V__Kingissepa_nim__kolhoos, lk 7
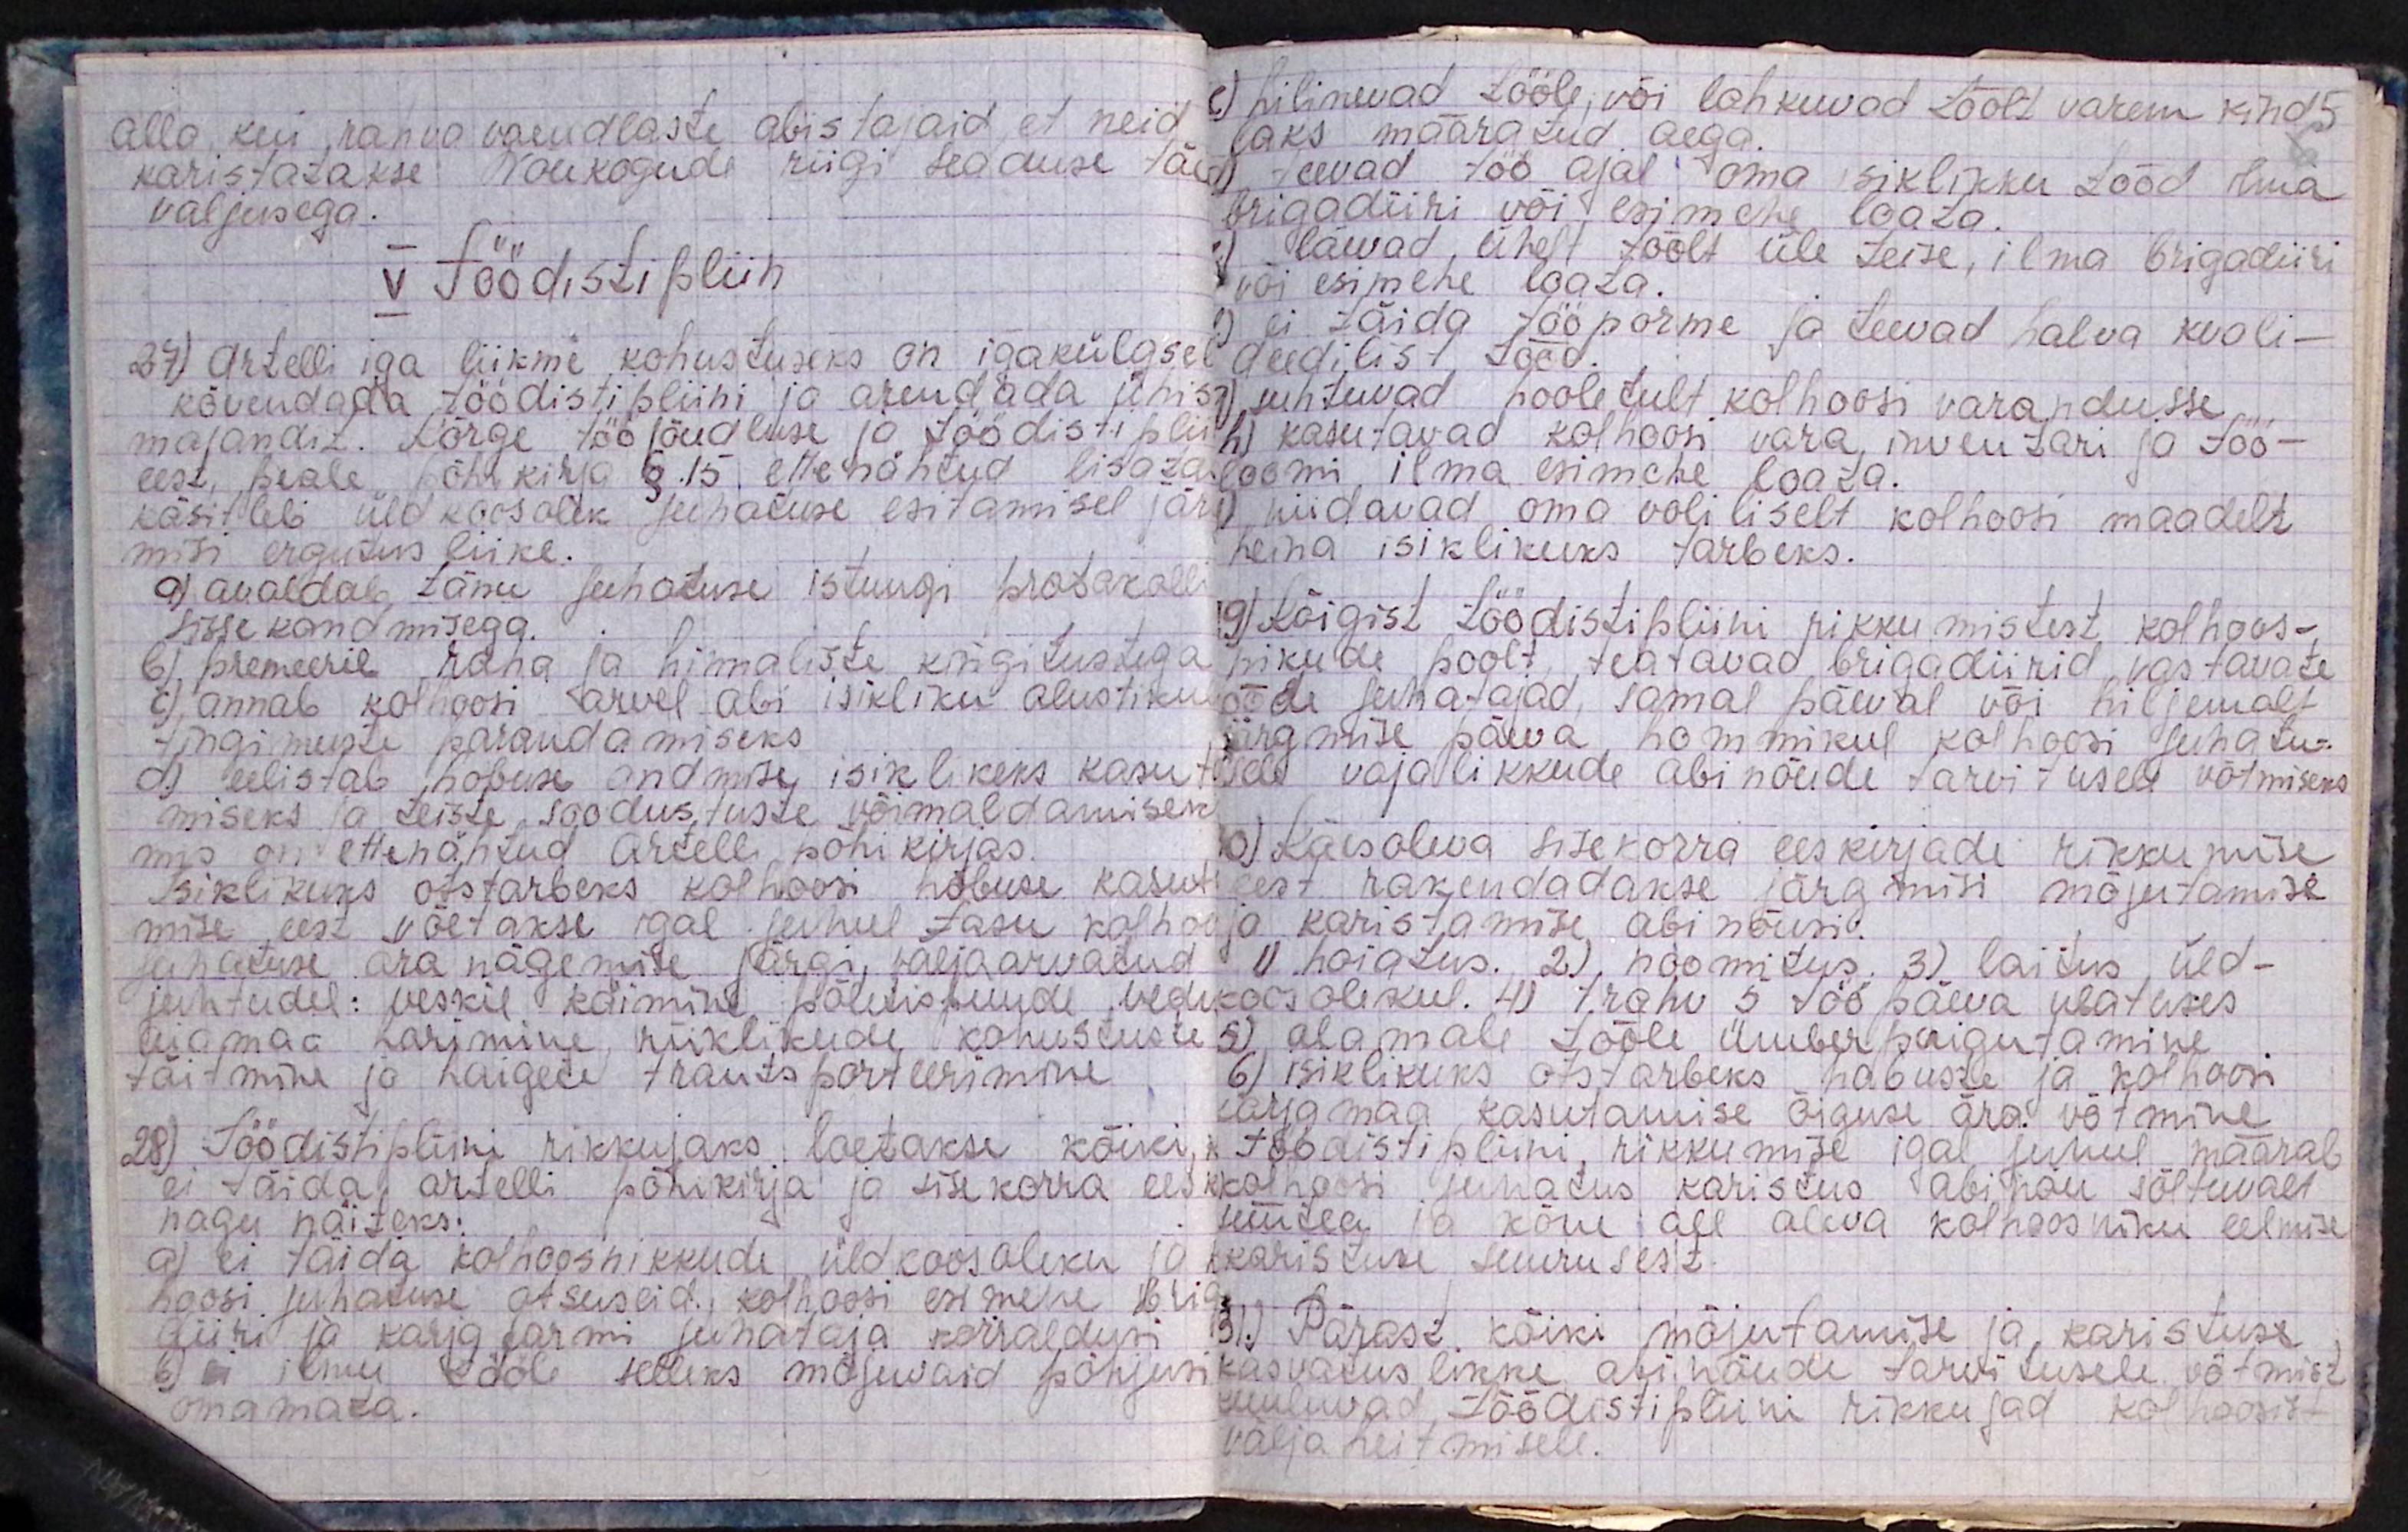
alla kui rahva vaendlaste abistajaid, et neid
karistatakse Nõukogude riigi seaduse tä
valjusega.
V Töödistipliin
27) Artelli iga liikme kohustuseks on igakülgsel
kõvendada töödistipliini ja arendada ühis
majandis. Kõrge tööjõudluse ja töödistiplii
eest, peale põhikirja § 15 ettenähtud lisata
käsitleb üldkoosolek juhatuse esitamisel jär
misi ergutus liike.
a) avaldab tänu juhatuse istungi protokolli
sisse kandmisega.
b) premeerib raha ja hinnaliste kingitustega
c) annab kolhoosi arvel abi isikliku alustiku
tingimuste parandamiseks
d) eelistab hobuse andmise isiklikeks kasut
miseks ja teiste soodustuste võimaldamiseks
mis on ettenähtud Artelli põhikirjas.
Isiklikuks otstarbeks kolhoosi hobuse kasut
mise eest võetakse igal juhul tasu kolho
juhatuse ära nägemise järgi, väljaarvatud
juhtudel: veskil käimine põletispuude vedu
aiamaa harimine, riiklikude kohustuste
täitmine ja haigete trantsporteerimine
28) Töödistipliini rikkujaks loetakse kõiki,
ei täidab artelli põhikirja ja sisekorra ees
nagu näiteks.
a) ei täida kolhoosnikkude üldkoosoleku ja
hoosi juhatuse otsuseid: kolhoosi esimene brig
diiri ja karjafarmi juhataja korraldus
b) ei ilmu tööle selleks mõjuvaid põhjusi
omamata.

c) hilinevad tööle, või lahkuvad töölt varem kind
laks määratud aega.
d) teevad töö ajal oma isiklikku tööd ilma
brigadiiri või esimehe loata.
e) läevad ühelt töölt üle teise, ilma brigadiiri
või esimehe loata.
f) ei täida töönorme ja teevad halva kvali-
deedilist tööd.
g) suhtuvad hooletult kolhoosi varandusse
h) kasutavad kolhoosi vara, inventari ja töö-
loomi ilma esimehe loata.
i) niidavad oma voliliselt kolhoosi maadelt
heina isiklikuks tarbeks.
29) Kõigist töödistipliini rikkumistest kolhoos-
nikude poolt, teatavad brigadiirid vastavate
tööde juhatajad, samal päeval või hiljemalt
järgmise päeva hommikul kolhoosi juhatu-
sele vajalikkude abinõude tarvitusele võtmiseks
30) Käesoleva sisekorra eeskirjade rikkumise
eest rakendadakse järgmisi mõjutamise
ja karistamise abinõusi.
1) hoiatud. 2) noomitus. 3) laitus üld-
koosolekul. 4) trahv 5 tööpäeva ulatuses
5) alamale tööle ümberpaigutamine
6) isiklikuks otstarbeks hobuste ja kolhoosi
karjamaa kasutamise õiguse ära võtmine
töödistipliini, rikkumise igal juhul määrab
kolhoosi juhatus karistus abinõu sõituvalt
süüteo ja kõne all oleva kolhoosniku eelmise
karistuse suurusest.
31.) Pärast kõiki mõjutamise ja karistuse
kasvatuslikke abi nõude tarvitusele võtmist
kuuluvad töödistipliini rikkujad kolhoosist
väljaheitmisele.